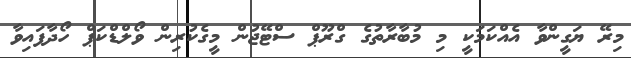
މިރޭ ޔަގީންވާ އެއްކަމަކީ މި މުބާރާތުގެ ގްރޫޕް ސްޓޭޖުން މީގެކުރިން ވޯލްޑްކަޕް ހޯދާފައިވާ